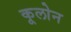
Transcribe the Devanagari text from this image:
कूलोन